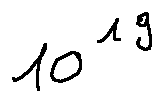
1 0 ^ { 1 9 }